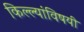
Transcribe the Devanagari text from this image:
किल्ल्यांविषयी